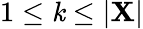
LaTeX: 1\leq\mathit{k}\leq|\mathbf{{X}}|